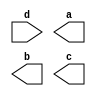
module encoder_8(d,a,b,c);
input [7:0]d;
output a,b,c;



endmodule